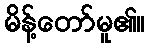
မိန့်တော်မူ၏။